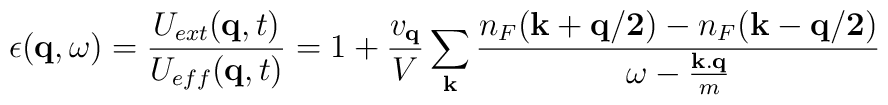
\epsilon( {\bf{q}}, \omega) = \frac{ U_{ext}({\bf{q}},t) }{ U_{eff}({\bf{q}},t) }  = 1 + \frac{ v_{ {\bf{q}} } }{V}\sum_{ {\bf{k}} }\frac{ n_{F}({\bf{k+q/2}}) - n_{F}({\bf{k-q/2}}) }{ \omega - \frac{ {\bf{k.q}} }{m} }